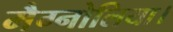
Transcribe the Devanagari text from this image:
मैग्नोलिया।